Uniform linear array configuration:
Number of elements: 24
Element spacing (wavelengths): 1
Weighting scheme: binomial
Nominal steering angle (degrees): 30
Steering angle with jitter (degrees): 30.147
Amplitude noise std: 0.05
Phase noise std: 0.05

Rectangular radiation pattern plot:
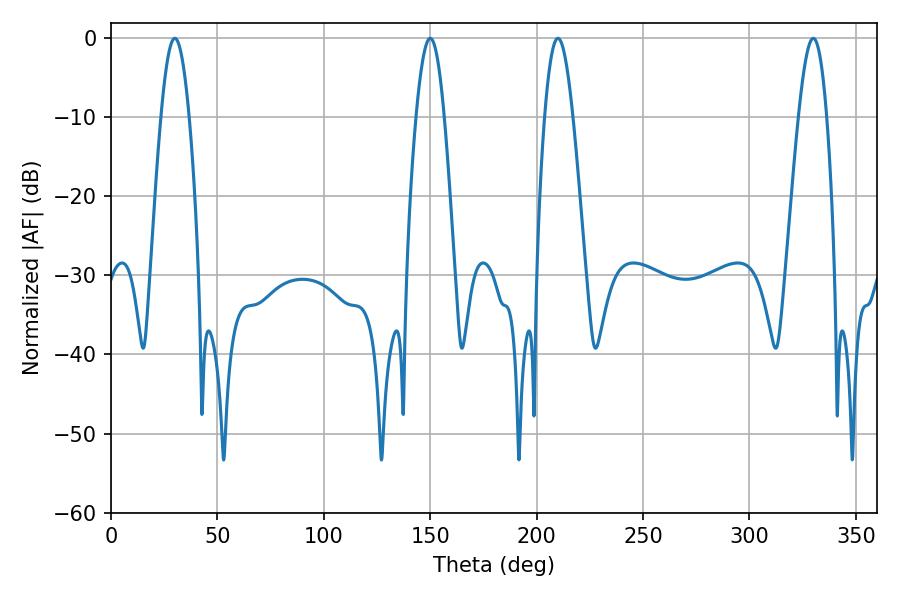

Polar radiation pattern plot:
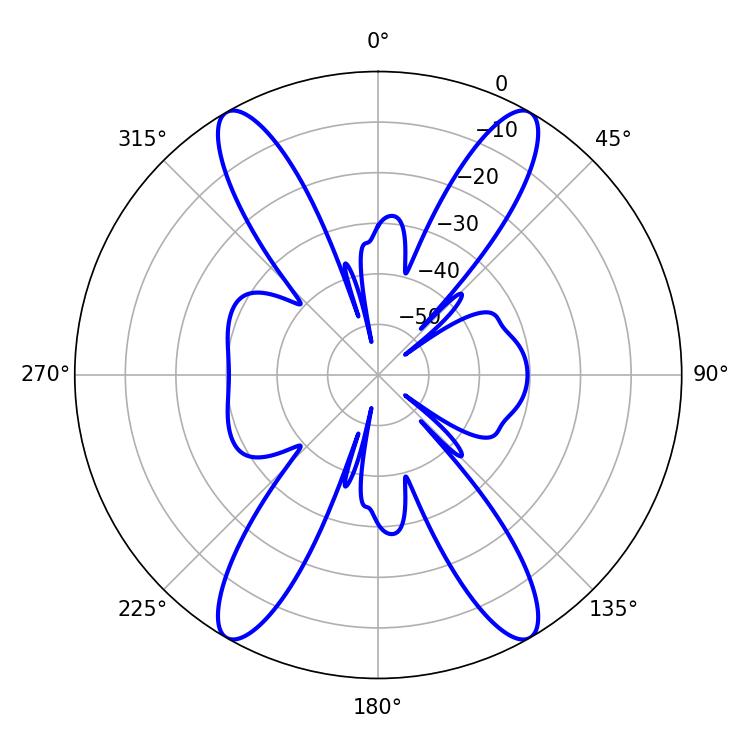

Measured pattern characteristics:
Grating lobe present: TRUE
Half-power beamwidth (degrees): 7.2
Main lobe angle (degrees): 329.94